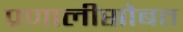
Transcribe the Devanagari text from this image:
प्रणालीसोबत